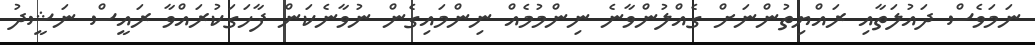
ނަމަވެސް ދައުލަތާއި ރައްޔިތުންނަށް ގެއްލުންވާނެ ނިންމުމެއް ނިންމައިގެން ނުވާނެކަން ފާހަގަކުރައްވާ ރައީސް ނަޝީދު